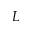
L